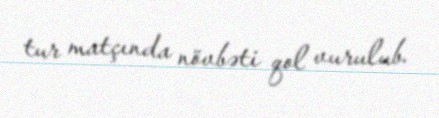
tur matçında növbəti qol vurulub.